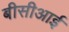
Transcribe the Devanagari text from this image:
बीसीआई